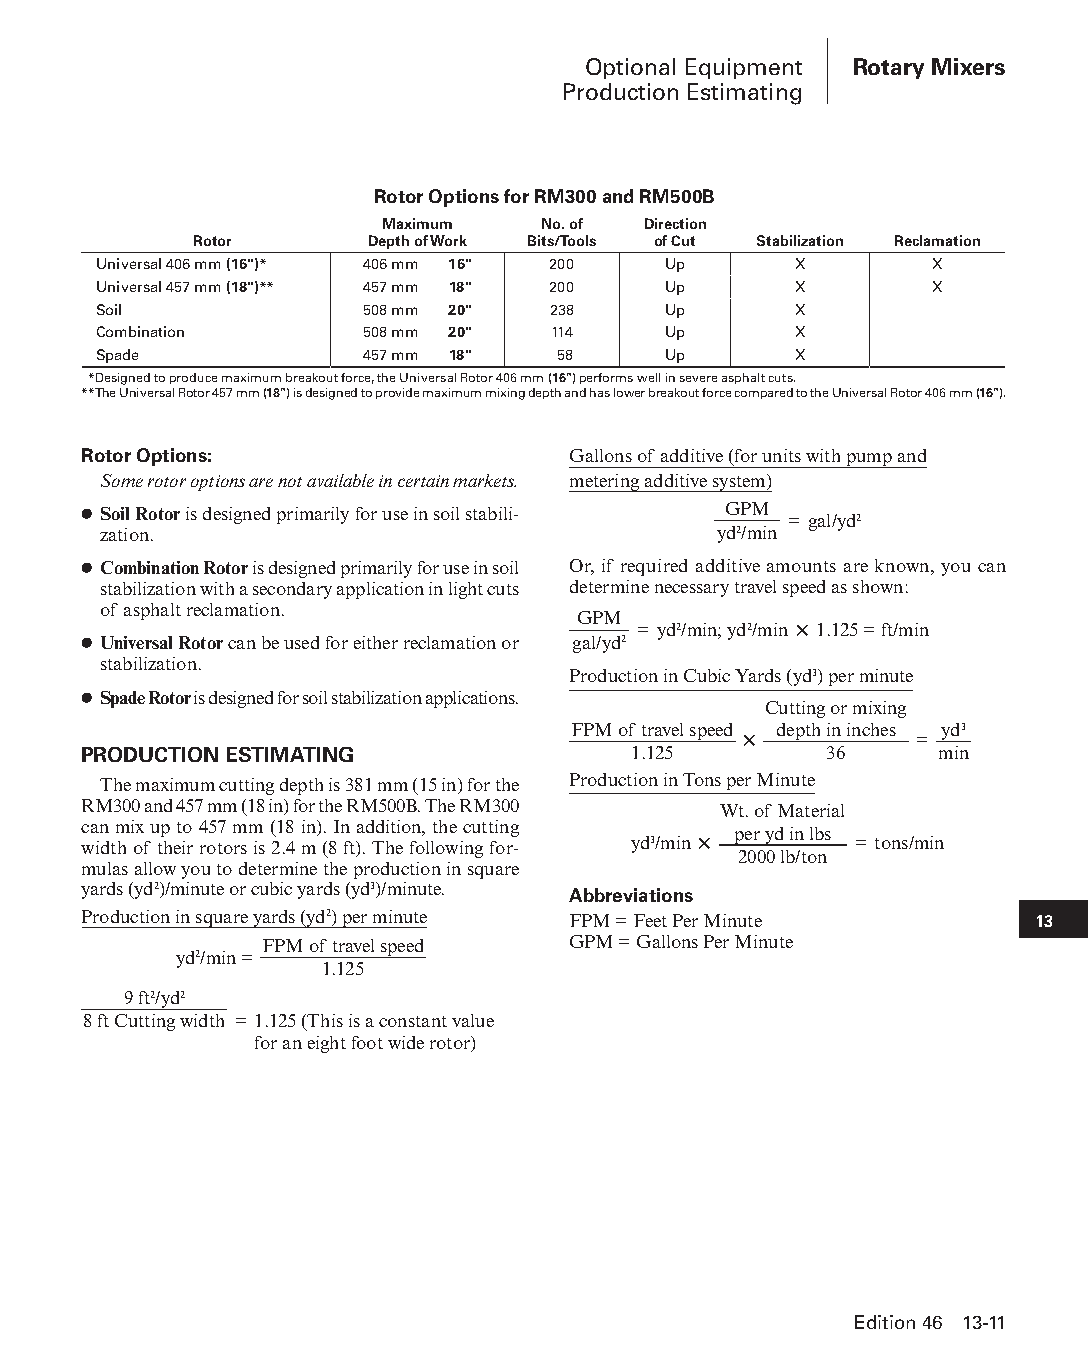
Optional Equipment Rotary Mixers
 Production Estimating
 Rotor Options for RM300 and RM500B
 Maximum   No. of Direction
 Rotor       Depth of Work Bits/Tools of Cut Stabilization Reclamation
 Universal 406 mm (16")* 406 mm 16" 200 Up     X        X
 Universal 457 mm (18")** 457 mm 18" 200 Up    X        X
 Soil             508 mm 20"   238    Up       X
 Combination      508 mm 20"   114    Up       X
 Spade            457 mm 18"   58     Up       X
 **Designed to produce maximum breakout force, the Universal Rotor 406 mm (16") performs well in severe asphalt cuts.
 ** The Universal Rotor 457 mm (18") is designed to provide maximum mixing depth and has lower breakout force compared to the Universal Rotor 406 mm (16").
 Rotor Options:                  Gallons of additive (for units with pump and
 Some rotor options are not available in certain markets. metering additive system)
 ● Soil Rotor is designed primarily for use in soil stabili- GPM
 = gal/yd2
 zation.                                  yd2/min
 ● Combination Rotor is designed primarily for use in soil Or, if required additive amounts are known, you can
 stabilization with a secondary application in light cuts determine necessary travel speed as shown:
 of asphalt reclamation.
 GPM
 = yd2/min; yd2/min × 1.125 = ft/min
 ● Universal Rotor can be used for either reclama tion or gal/yd2
 stabilization.
 Production in Cubic Yards (yd3) per minute
 ● Spade Rotor is designed for soil stabilization applications.
 Cutting or mixing
 FPM of travel speed× depth in inches
 =
 yd3
 PRODUCTION ESTIMATING               1.125        36     min
 The maximum cutting depth is 381 mm (15 in) for the Production in Tons per Minute
 RM300 and 457 mm (18 in) for the RM500B. The RM300 Wt. of Material
 can mix up to 457 mm (18 in). In addition, the cutting
 width of their rotors is 2.4 m (8 ft). The following for- yd3/min× per yd in lbs = tons/min
 2000 lb/ton
 mulas allow you to determine the produc tion in square
 yards (yd2)/minute or cubic yards (yd3)/minute. Abbreviations
 Production in square yards (yd2) per minute FPM = Feet Per Minute 13
 FPM of travel speed GPM = Gallons Per Minute
 yd2/min =
 1.125
 9 ft2/yd2
 8 ft Cutting width = 1.125 (This is a constant value
 for an eight foot wide rotor)
 Edition 46 13-11
 PPHHBB--SSeecc1133--1166..iinndddd 1111                        1122//44//1155 1100::4499 AAMM